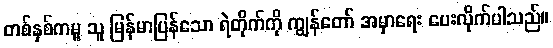
တစ်နှစ်ကမူ သူ မြန်မာပြန်သော ရဲတိုက်ကို ကျွန်တော် အမှာရေး ပေးလိုက်ပါသည်။